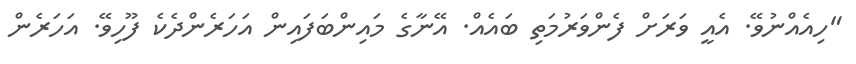
"ހިއެއްނުވޭ. އެއީ ވަރަށް ފެންވަރުމަތި ބައެއް. އޭނާގެ މައިންބަފައިން އަހަރެންދެކެ ފޫހިވޭ. އަހަރެން